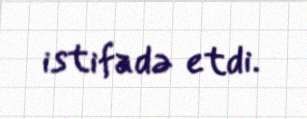
istifadə etdi.